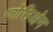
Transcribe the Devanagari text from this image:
जोसिओन